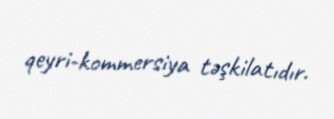
qeyri-kommersiya təşkilatıdır.